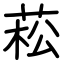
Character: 菘